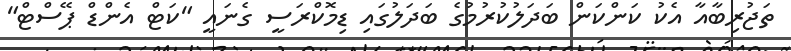
ތަޖުރިބާއާ އެކު ކަންކަން ބަދަލުކުރުމުގެ ބަދަލުގައި ޑިމޮކްރަސީ ގެނައީ "ކަޓް އެންޑް ޕޭސްޓް"